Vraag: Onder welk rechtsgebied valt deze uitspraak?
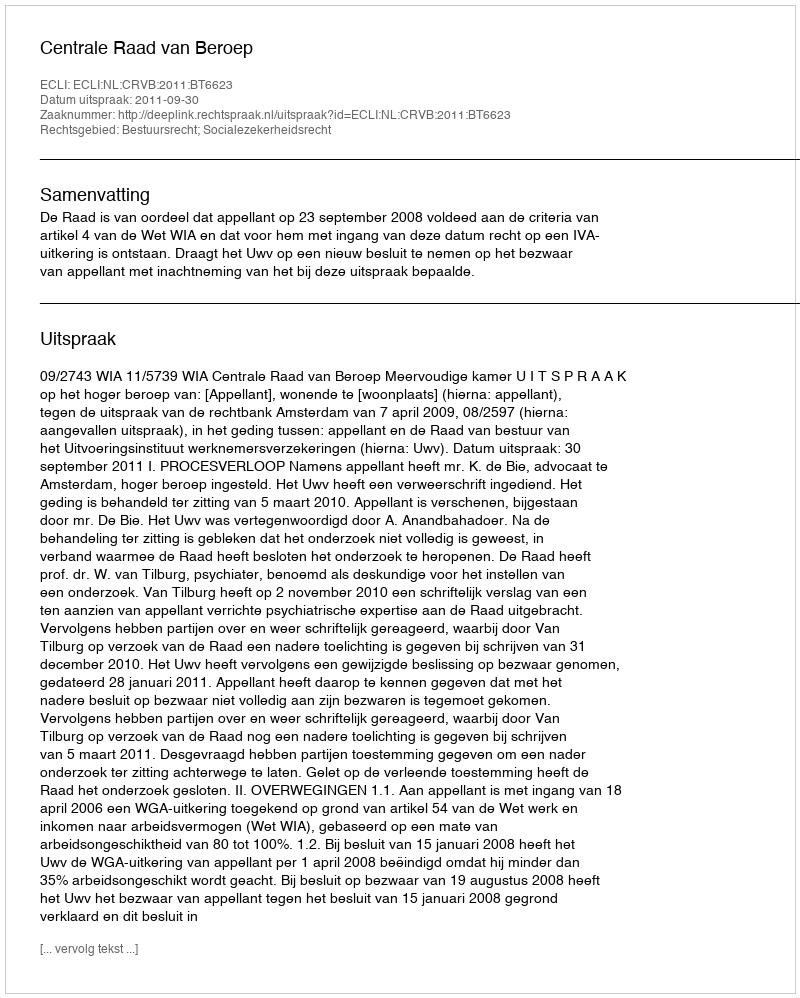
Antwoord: Bestuursrecht; Socialezekerheidsrecht